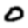
Digit: 0